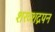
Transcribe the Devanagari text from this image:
शख्शद्रपन